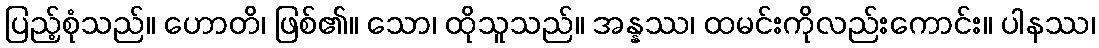
ပြည့်စုံသည်။ ဟောတိ၊ ဖြစ်၏။ သော၊ ထိုသူသည်။ အန္နဿ၊ ထမင်းကိုလည်းကောင်း။ ပါနဿ၊